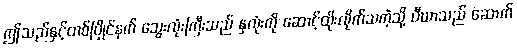
ဤသည်နှင့်တစ်ပြိုင်နက် သွေးလုံးကြီးသည် နှလုံးကို ဆောင့်ထိုးလိုက်သကဲ့သို့ ပီယာသည် ဆောက်